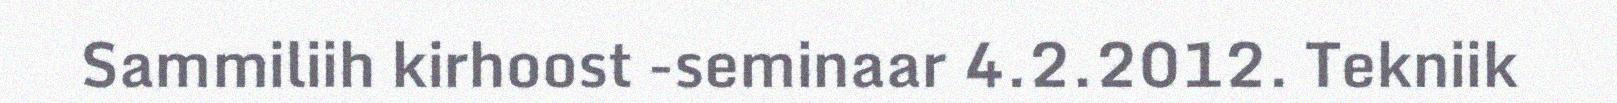
Sammiliih kirhoost -seminaar 4.2.2012. Tekniik